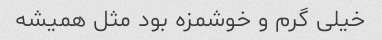
خیلی گرم و خوشمزه بود مثل همیشه